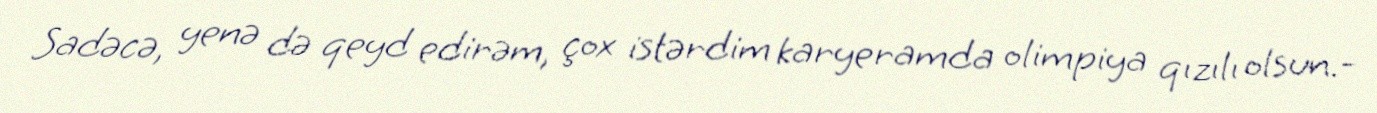
Sadəcə, yenə də qeyd edirəm, çox istərdim karyeramda olimpiya qızılı olsun.-